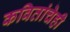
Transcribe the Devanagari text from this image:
कवितांचेही